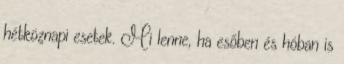
hétköznapi esetek. Mi lenne, ha esőben és hóban is